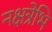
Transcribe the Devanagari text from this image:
नक्षत्रेभि